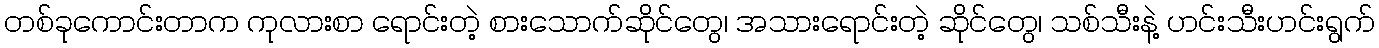
တစ်ခုကောင်းတာက ကုလားစာ ရောင်းတဲ့ စားသောက်ဆိုင်တွေ၊ အသားရောင်းတဲ့ ဆိုင်တွေ၊ သစ်သီးနဲ့ ဟင်းသီးဟင်းရွက်